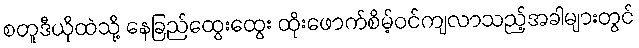
စတူဒီယိုထဲသို့ နေခြည်ထွေးထွေး ထိုးဖောက်စိမ့်ဝင်ကျလာသည့်အခါများတွင်